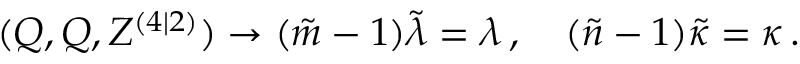
( Q , Q , Z ^ { ( 4 | 2 ) } ) \rightarrow ( \tilde { m } - 1 ) \tilde { \lambda } = \lambda \, , \quad ( \tilde { n } - 1 ) \tilde { \kappa } = \kappa \, .